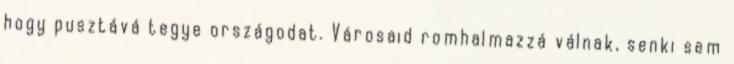
hogy pusztává tegye országodat. Városaid romhalmazzá válnak, senki sem